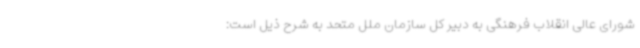
شورای عالی انقلاب فرهنگی به دبیر کل سازمان ملل متحد به شرح ذیل است: